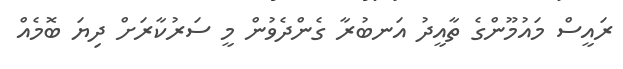
ރައީސް މައުމޫންގެ ތާއީދު އަނބުރާ ގެންދެވުން މީ ސަރުކާރަށް ދިޔަ ބޮމެއް